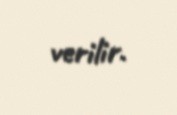
verilir.